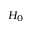
H _ { 0 }